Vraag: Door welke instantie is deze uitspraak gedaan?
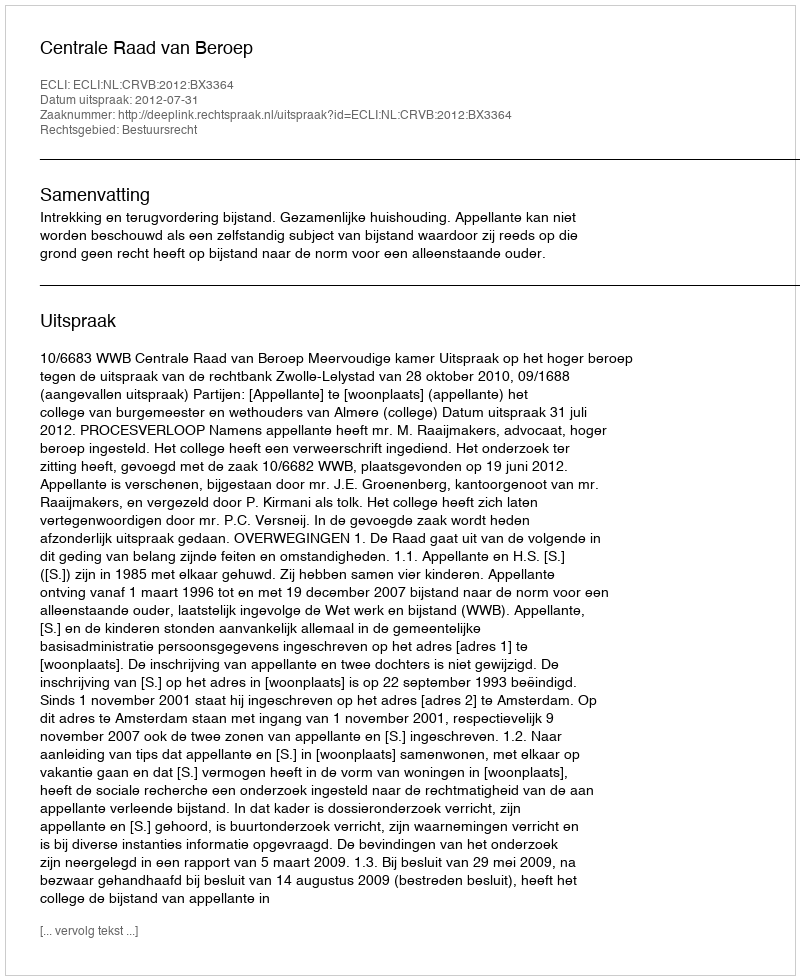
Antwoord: Centrale Raad van Beroep